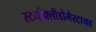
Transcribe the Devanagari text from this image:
स्टर्नोक्लीडोमैस्टायड